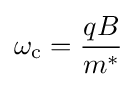
\omega _{\rm {c}}={\frac {qB}{m^{*}}}